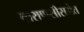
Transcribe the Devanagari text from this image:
वाराणसीसमेत